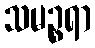
သမဉ္စရာ